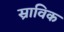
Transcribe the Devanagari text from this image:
स्राविक